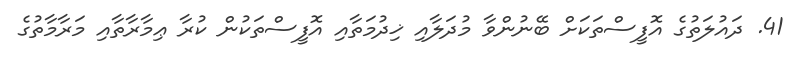
41. ދައުލަތުގެ އޮފީސްތަކަށް ބޭނުންވާ މުދަލާއި ޚިދުމަތާއި އޮފީސްތަކުން ކުރާ ޢިމާރާތާއި މަރާމާތުގެ